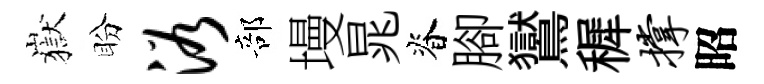
嶽盼浴部墁晁脊腳鸑穉撑昭